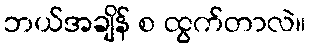
ဘယ်အချိန် စ ထွက်တာလဲ။